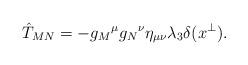
LaTeX: \begin{align*}\hat{T}_{MN}=-g_M{}^\mu g_N{}^\nu\eta_{\mu\nu}\lambda_3\delta(x^\perp).\end{align*}